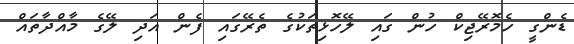
ޑެންގީ ހެމޮރޭޖިކް ހުން ގައި ލޭހޮޅިތަކުގެ ތެރޭގައި ފެން އަދި ލޭގެ މާއްދާތައް